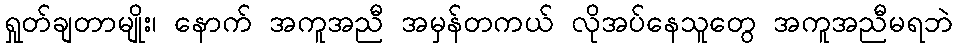
ရှုတ်ချတာမျိုး၊ နောက် အကူအညီ အမှန်တကယ် လိုအပ်နေသူတွေ အကူအညီမရဘဲ